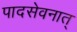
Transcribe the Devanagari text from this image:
पादसेवनात्